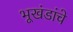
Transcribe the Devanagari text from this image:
भूखंडांचे